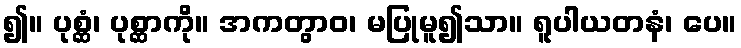
၍။ ပုစ္ဆံ၊ ပုစ္ဆာကို။ အကတွာဝ၊ မပြုမူ၍သာ။ ရူပါယတနံ၊ ပေ။